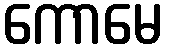
ကောမေ